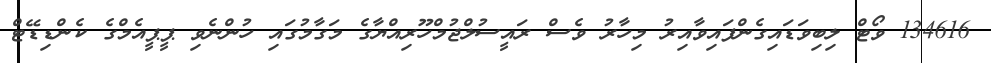
134616 ވޯޓް ލިބިވަޑައިގެންފައިވާއިރު މިހާރު ވެސް ރައީސުލްޖުމްހޫރިއްޔާގެ މަގާމުގައި ހުންނެވި ޕީޕީއެމްގެ ކެންޑިޑޭޓް